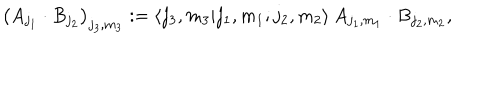
\big ( A _ { j _ { 1 } } \cdot B _ { j _ { 2 } } \big ) _ { j _ { 3 } , m _ { 3 } } : = \langle j _ { 3 } , m _ { 3 } | j _ { 1 } , m _ { 1 } ; j _ { 2 } , m _ { 2 } \rangle \: A _ { j _ { 1 } , m _ { 1 } } \cdot B _ { j _ { 2 } , m _ { 2 } } ,